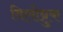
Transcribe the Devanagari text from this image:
विलोब्रुक